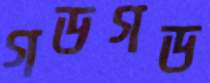
গডগড